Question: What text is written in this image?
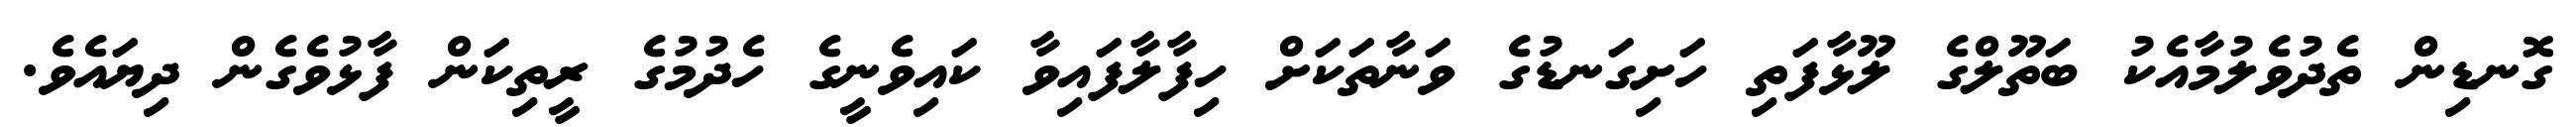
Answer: ގޮނޑިން ތެދުވެލުމާއެކު ބަތޫލްގެ ލޫޅާފަތި ހަށިގަނޑުގެ ވަނާތަކަށް ހިފާލާފައިވާ ކައިވެނީގެ ހެދުމުގެ ރީތިކަން ފާޅުވެގެން ދިޔައެވެ.